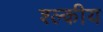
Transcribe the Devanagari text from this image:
श्ल्कीय